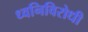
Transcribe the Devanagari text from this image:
ध्वनिविरोधी